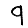
Digit: 9